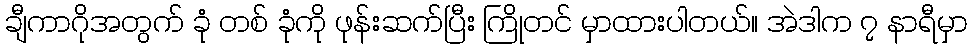
ချီကာဂိုအတွက် ခုံ တစ် ခုံကို ဖုန်းဆက်ပြီး ကြိုတင် မှာထားပါတယ်။ အဲဒါက ၇ နာရီမှာ